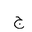
Letter: _gim